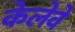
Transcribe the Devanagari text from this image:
केलेवे